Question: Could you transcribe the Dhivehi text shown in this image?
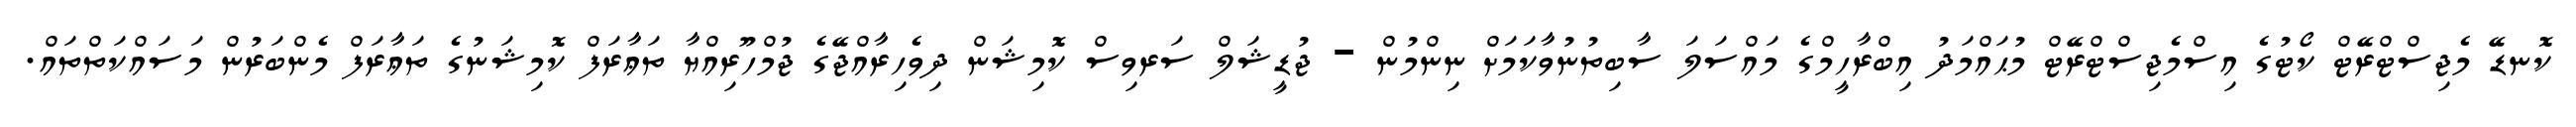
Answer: ކޮނޑޭ މެޖިސްޓްރޭޓް ކޯޓުގެ އިސްމެޖިސްޓްރޭޓް މުޙައްމަދު އިބްރާހީމްގެ މައްސަލަ ސާބިތުނުވާކަމަށް ނިންމުން - ޖުޑީޝަލް ސަރވިސް ކޮމިޝަން ދިވެހިރާއްޖޭގެ ޖުމްހޫރިއްޔާ ތަޢާރަފް ކޮމިޝަނުގެ ތަޢާރަފް މެންބަރުން މަސައްކަތްތައް.